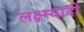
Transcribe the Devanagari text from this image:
लक्ष्म्यादी